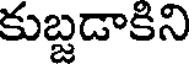
కుబ్జడాకిని